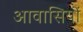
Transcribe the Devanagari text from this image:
आवासियों